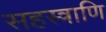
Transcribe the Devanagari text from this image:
सहस्त्राणि